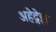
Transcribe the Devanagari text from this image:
अहेद्रेझ